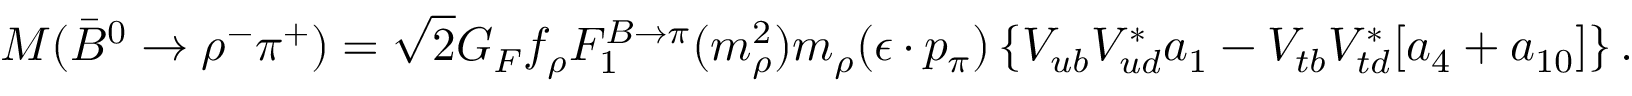
M ( \bar { B } ^ { 0 } \to \rho ^ { - } \pi ^ { + } ) = \sqrt { 2 } G _ { F } f _ { \rho } F _ { 1 } ^ { B \to \pi } ( m _ { \rho } ^ { 2 } ) m _ { \rho } ( \epsilon \cdot p _ { \pi } ) \left\{ V _ { u b } V _ { u d } ^ { * } a _ { 1 } - V _ { t b } V _ { t d } ^ { * } [ a _ { 4 } + a _ { 1 0 } ] \right\} .